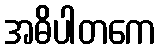
အဓိပါတကေ